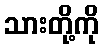
သားတို့ကို